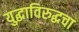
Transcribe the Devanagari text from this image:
युद्धाविरुद्धचा